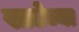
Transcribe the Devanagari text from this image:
खाटेच्या